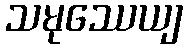
သမုဿေယျ